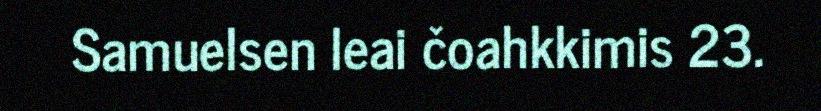
Samuelsen leai čoahkkimis 23.